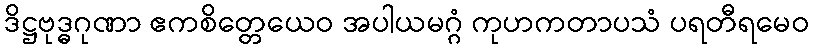
ဒိဋ္ဌဗုဒ္ဓဂုဏာ ဧကစိတ္တေယေဝ အပါယမဂ္ဂံ ကုဟကတာပသံ ပရတီရမေဝ